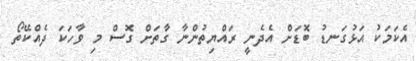
އެކަމަކު އަޅުގަނޑު ބޮޑަށް އެދެނީ ރައްޔިތުންނާ ގާތަށް ގޮސް މި ވާހަކަ ދެއްކޭތޯ